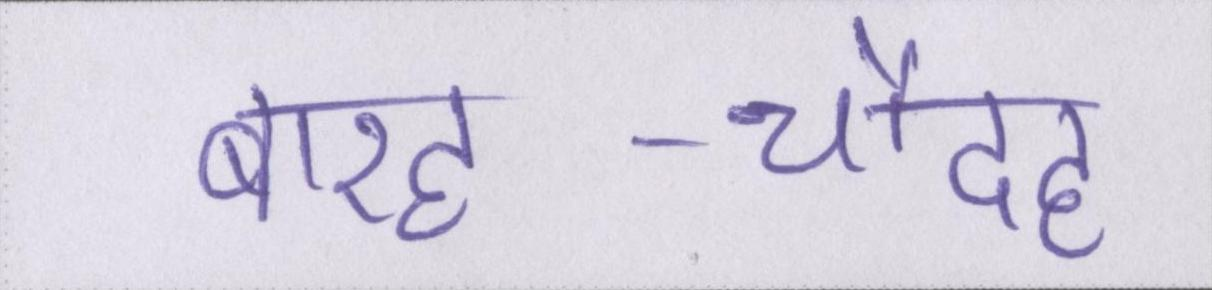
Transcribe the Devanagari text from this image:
बारह-चौदह